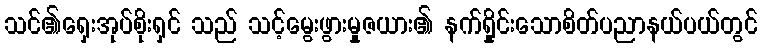
သင်၏ရှေးအုပ်စိုးရှင် သည် သင့်မွေးဖွားမှုဇယား၏ နက်ရှိုင်းသောစိတ်ပညာနယ်ပယ်တွင်